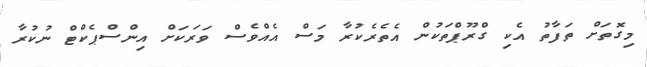
މިގޮތަށް ތަފާތު އެކި ގްރޫޕްތަކުން އެތެރެކުރާ މަސް އެއްވެސް ވަރަކަށް އިންސްޕެކްޓް ނުުކުރާ